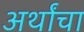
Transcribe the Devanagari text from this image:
अर्थांचा